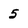
Character: 5